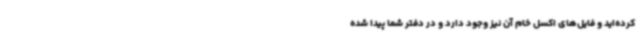
کرده‌اید و فایل‌های اکسل خام آن نیز وجود دارد و در دفتر شما پیدا شده